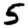
Digit: 5